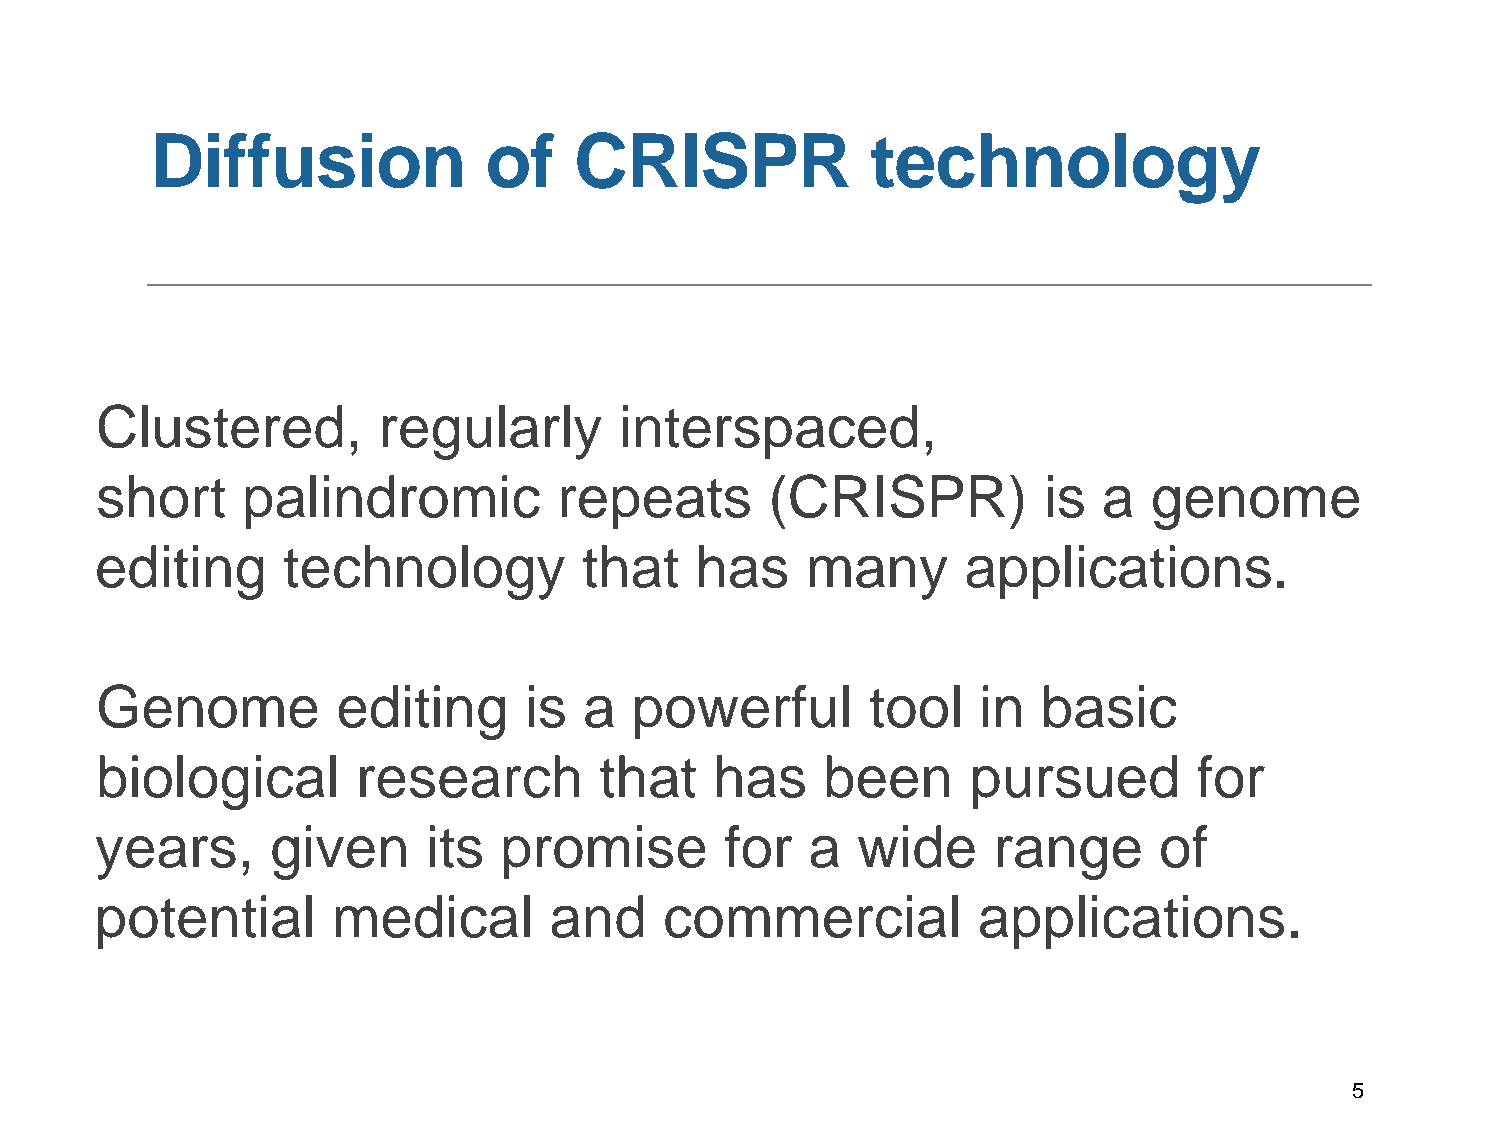
Diffusion             of    CRISPR              technology
 Clustered,         regularly       interspaced,
 short     palindromic          repeats       (CRISPR)          is  a  genome
 editing      technology          that   has    many       applications.
 Genome          editing      is  a  powerful        tool   in  basic
 biological        research        that   has     been     pursued        for
 years,      given     its  promise        for   a  wide     range      of
 potential       medical       and     commercial           applications.
 5